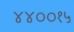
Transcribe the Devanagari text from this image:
४४००१५